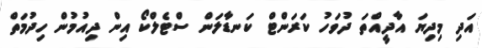
އަދި މިދިޔަ އާދީއްތަ ދުވަހު ކަރަންޓް ކަނޑާލަން ސްޓެލްކޯ އިން ދިއުމުން ހިދުމަތް